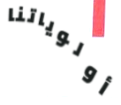
أولوياتنا